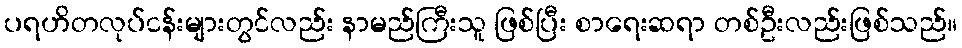
ပရဟိတလုပ်ငန်းများတွင်လည်း နာမည်ကြီးသူ ဖြစ်ပြီး စာရေးဆရာ တစ်ဦးလည်းဖြစ်သည်။